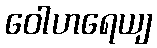
ဝေါဟရေယျ